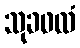
သုခဖလံ